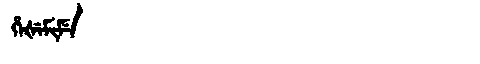
Manchu: ᡥᡝᡧᡝᠮᡳᠮᡝ
Romanization: HEŠEMIME